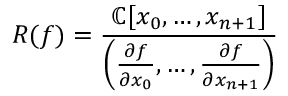
R ( f ) = { \frac { \mathbb { C } [ x _ { 0 } , \ldots , x _ { n + 1 } ] } { \left( { \frac { \partial f } { \partial x _ { 0 } } } , \ldots , { \frac { \partial f } { \partial x _ { n + 1 } } } \right) } }